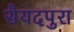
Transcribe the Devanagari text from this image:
सैयदपुरा